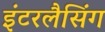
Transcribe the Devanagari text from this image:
इंटरलैसिंग